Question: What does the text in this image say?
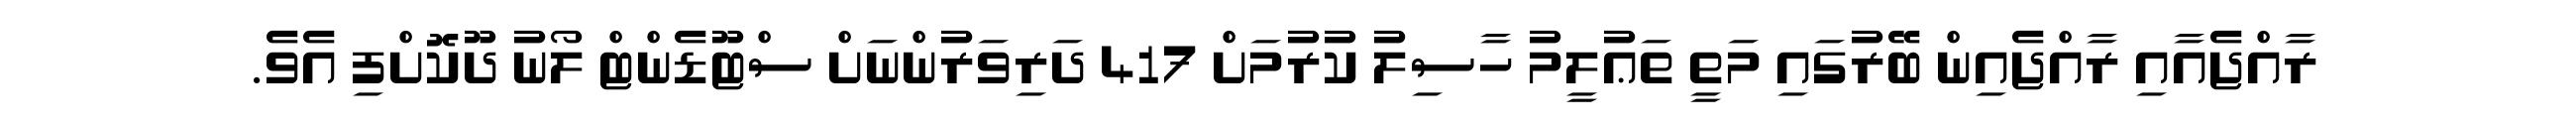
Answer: ރާއްޖެއާއި ރާއްޖެއިން ބޭރުގައި މަތީ ތަޢުލީމު ހާސިލު ކުރުމަށް 417 ދަރިވަރުންނަށް ސްޓޫޑެންޓް ލޯނު ދޫކޮށްފި އެވެ.